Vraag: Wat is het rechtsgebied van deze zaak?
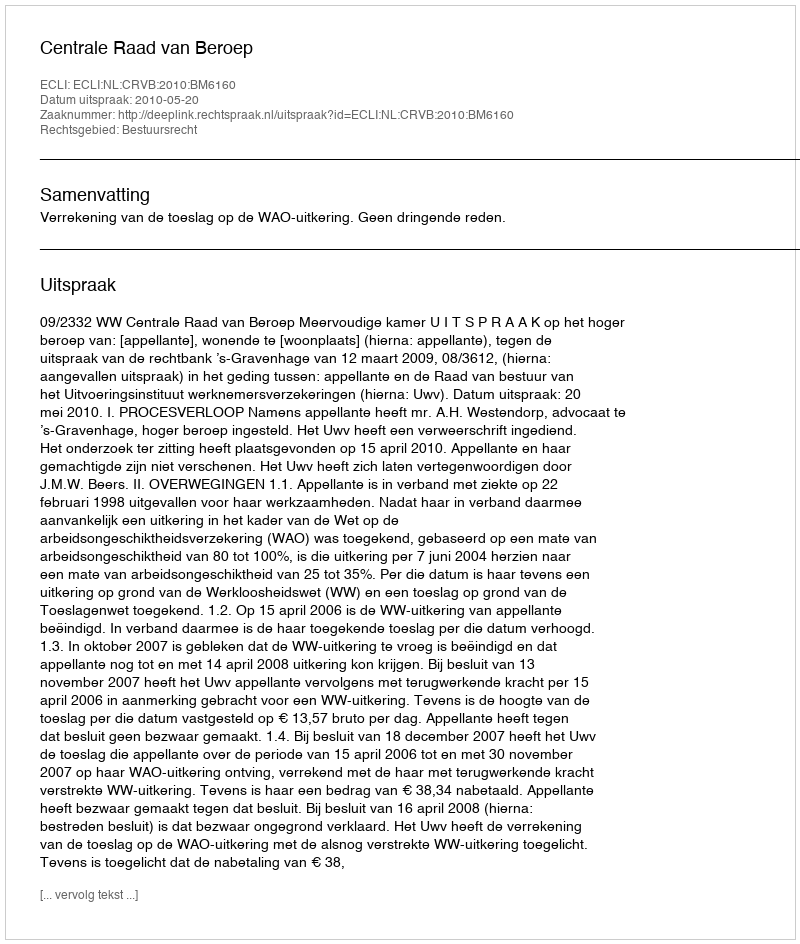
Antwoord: Bestuursrecht